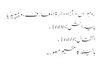
ریمبراں - آزاد دائرۃ المعارف، ویکیپیڈیا
پیدائش: 1606ء
انتقال: 1669ء
ہالینڈ کا عظیم مصور ۔